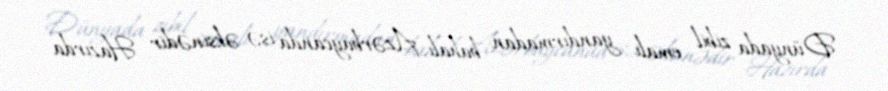
Dünyada zibil emalı yandırmadan bahalı, Azərbaycanda isə əksinədir Hazırda